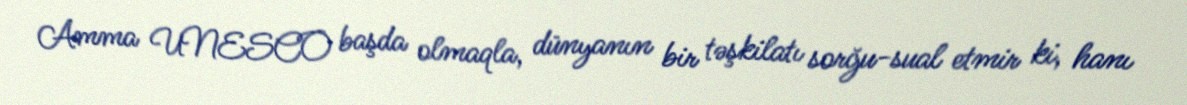
Amma UNESCO başda olmaqla, dünyanın bir təşkilatı sorğu-sual etmir ki, hanı